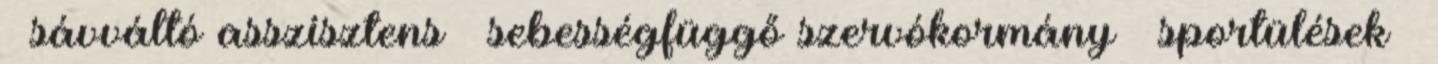
– sávváltó asszisztens – sebességfüggő szervókormány – sportülések –